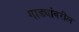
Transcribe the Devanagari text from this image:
गाड्यांवरील